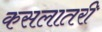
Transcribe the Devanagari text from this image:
कसलातरी